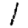
Digit: 1